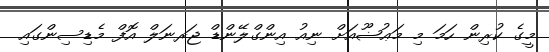
މީގެ ކުރިން ހަމަ މި މަޢުޟޫއަށް ނިއު އިންގްލޭންޑް ޖަރނަލް އޮފް މެޑިސިންގައި